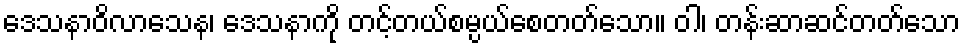
ဒေသနာဝိလာသေန၊ ဒေသနာကို တင့်တယ်စမ္ပယ်စေတတ်သော။ ဝါ၊ တန်းဆာဆင်တတ်သော